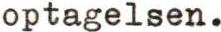
optagelsen.